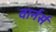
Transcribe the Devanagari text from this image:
वार्नर्स